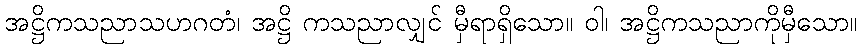
အဋ္ဌိကသညာသဟဂတံ၊ အဋ္ဌိ ကသညာလျှင် မှီရာရှိသော။ ဝါ၊ အဋ္ဌိကသညာကိုမှီသော။